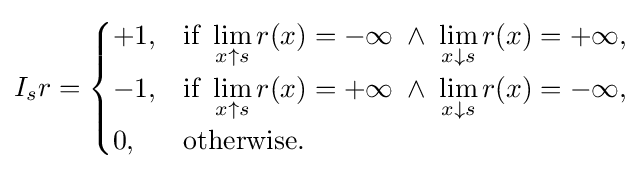
I_{s}r={\begin{cases}+1,&{\text{if }}\displaystyle \lim _{x\uparrow s}r(x)=-\infty \;\land \;\lim _{x\downarrow s}r(x)=+\infty ,\\-1,&{\text{if }}\displaystyle \lim _{x\uparrow s}r(x)=+\infty \;\land \;\lim _{x\downarrow s}r(x)=-\infty ,\\0,&{\text{otherwise.}}\end{cases}}